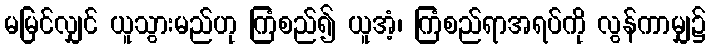
မမြင်လျှင် ယူသွားမည်ဟု ကြံစည်၍ ယူအံ့၊ ကြံစည်ရာအရပ်ကို လွန်ကာမျှ၌